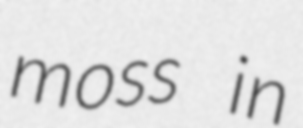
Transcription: moss in